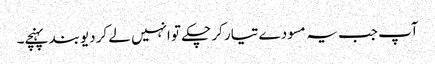
آپ جب یہ مسودے تیار کر چکے تو انہیں لے کر دیوبند پہنچے۔